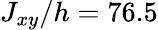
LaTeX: J_{xy}/h=76.5